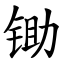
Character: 锄